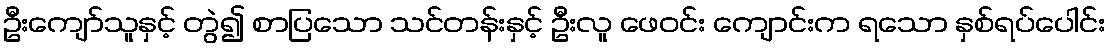
ဦးကျော်သူနှင့် တွဲ၍ စာပြသော သင်တန်းနှင့် ဦးလူ ဖေဝင်း ကျောင်းက ရသော နှစ်ရပ်ပေါင်း